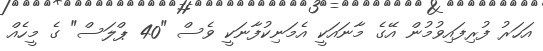
އަހަރު ފުރިފައިވުމުން އޭގެ މާނައަކީ އެމަނިކުފާނަކީ ވެސް "40 ޕްލަސް" ގެ މީހެއް